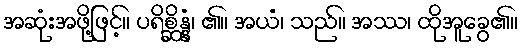
အဆုံးအဖို့ဖြင့်။ ပရိစ္ဆိန္နံ၊ ၏။ အယံ၊ သည်။ အဿ၊ ထိုအူခွေ၏။